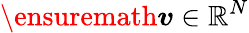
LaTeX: \ensuremath{\boldsymbol{v}}\in\mathbb{R}^{N}